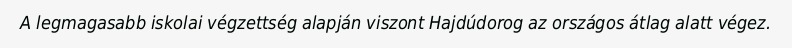
A legmagasabb iskolai végzettség alapján viszont Hajdúdorog az országos átlag alatt végez.